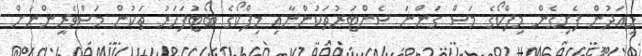
މިއަދުން ފެށިގެން މިފްކޯގެ މަސް ގަންނަ ސެންޓަރުތަކުންނާއި މިފްކޯގެ ބޯޓުފަހަރު ތަކުން މަސްވެރީންނަށް